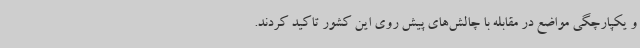
و یکپارچگی مواضع در مقابله با چالش‌های پیش روی این کشور تاکید کردند.